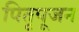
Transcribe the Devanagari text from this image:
पितृपूजन